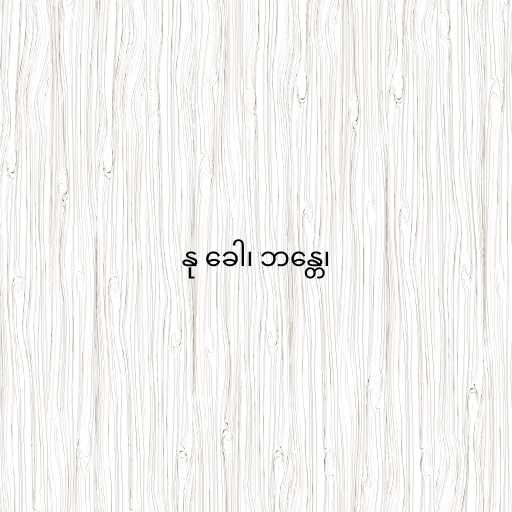
နု ခေါ၊ ဘန္တေ၊